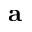
\bf a